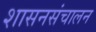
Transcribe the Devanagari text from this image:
शासनसंचालन